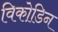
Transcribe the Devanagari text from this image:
विको़डिन